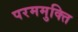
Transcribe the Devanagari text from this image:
परममुक्ति